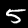
Digit: 5